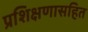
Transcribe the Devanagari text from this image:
प्रशिक्षणासहित